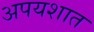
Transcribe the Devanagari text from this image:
अपयशात